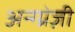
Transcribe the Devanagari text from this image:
अन्ग्ग्रेज़ी